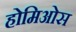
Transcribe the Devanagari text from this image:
होमिओस